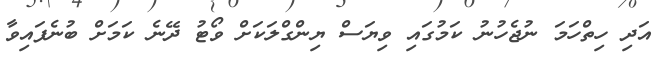
އަދި ހިތްހަމަ ނުޖެހުނު ކަމުގައި ވިޔަސް ޔިންގްލަކަށް ވޯޓު ދޭނެ ކަމަށް ބުނެފައިވާ